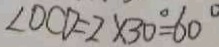
\angle O C D = 2 \times 3 0 ^ { \circ } = 6 0 ^ { \circ }